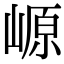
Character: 㟲